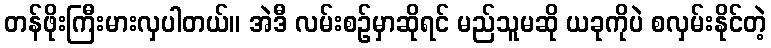
တန်ဖိုးကြီးမားလှပါတယ်။ အဲဒီ လမ်းစဉ်မှာဆိုရင် မည်သူမဆို ယခုကိုပဲ စလှမ်းနိုင်တဲ့